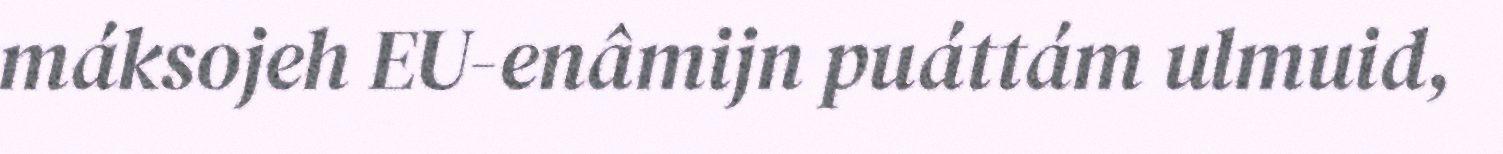
máksojeh EU-enâmijn puáttám ulmuid,